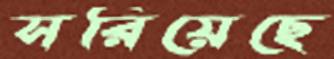
সরিয়েছে